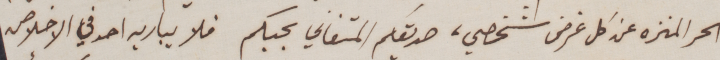
الحر المنزه عن كل غرض شخصي، صديقكم المتفاني بحبكم فلا يباريه احد في الاخلاص